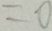
= 0